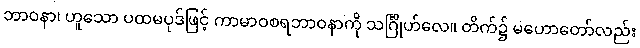
ဘာဝနာ၊ ဟူသော ပထမပုဒ်ဖြင့် ကာမာဝစရဘာဝနာကို သင်္ဂြိုဟ်လေ။ တိက်၌ မဟောတော်လည်း